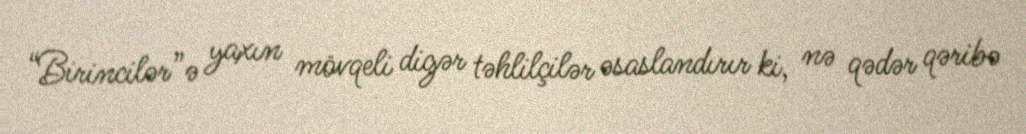
“Birincilər”ə yaxın mövqeli digər təhlilçilər əsaslandırır ki, nə qədər qəribə